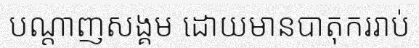
បណ្តាញសង្គម ដោយមានបាតុកររាប់